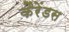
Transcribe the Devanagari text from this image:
कैरेंडस